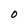
Character: O